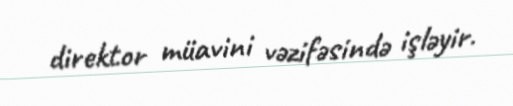
direktor müavini vəzifəsində işləyir.